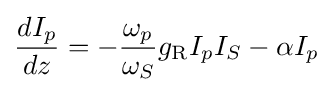
{\frac {dI_{p}}{dz}}=-{\frac {\omega _{p}}{\omega _{S}}}g_{\mathrm {R} }I_{p}I_{S}-\alpha I_{p}